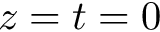
z = t = 0